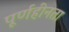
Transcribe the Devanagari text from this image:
पूर्णहीनता